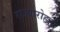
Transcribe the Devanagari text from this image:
राज्यारोहन